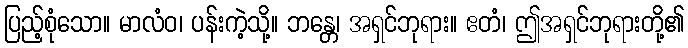
ပြည့်စုံသော။ မာလံဝ၊ ပန်းကဲ့သို့။ ဘန္တေ၊ အရှင်ဘုရား။ ဧတံ၊ ဤအရှင်ဘုရားတို့၏